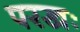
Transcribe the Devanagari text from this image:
परखः